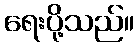
ရေးပို့သည်။